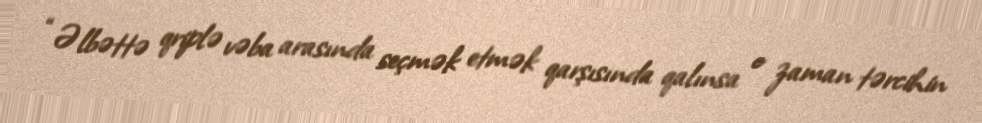
“Əlbəttə qriplə vəba arasında seçmək etmək qarşısında qalınsa o zaman tərcihin